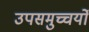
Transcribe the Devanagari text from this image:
उपसमुच्चर्यों